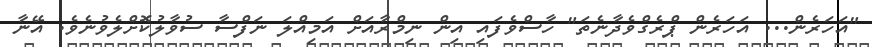
"އަހަރެން... އަހަރެން ޕްރެގްވެދާނެތަ" ހާސްވެފައި އިން ނިމްރާއަށް އަމިއްލަ ނަފްސާ ސުވާލުކޮށްލެވުނެވެ. އޭނާ